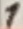
Text: 1